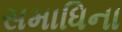
સમાધિના